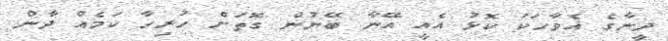
ދީނާގެ އެވާހަކަ ކޮޅު އެއީ އޭނާ ބޭނުން ގޮތަށް ހުރިހާ ކަމެއް ދާން